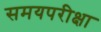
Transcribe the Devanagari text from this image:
समयपरीक्षा